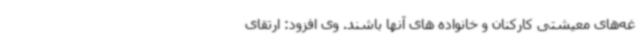
غه‌های معیشتی کارکنان و خانواده های آنها باشند. وی افزود: ارتقای